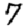
Digit: 7